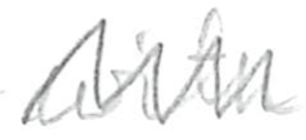
Text: with
Cross-out: zig-zag
Writing tool: pencil